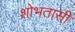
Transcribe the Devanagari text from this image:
शोभतासी